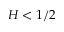
H < 1 / 2